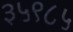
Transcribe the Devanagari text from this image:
३५९८५